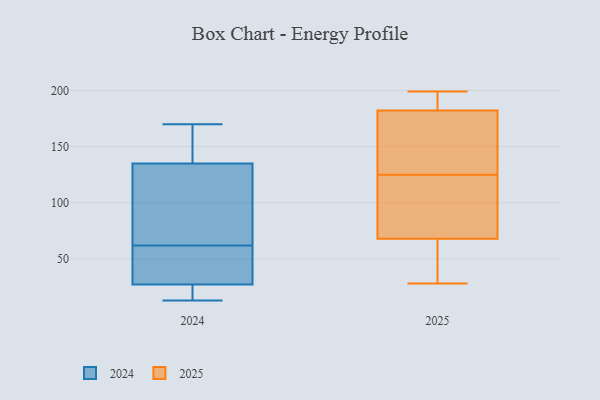
{"axis": {"x": "Demand Index", "y": "Value"}, "legend": ["2024", "2025"], "data": [{"x": "", "y": 192, "type": "2025"}, {"x": "", "y": 101, "type": "2025"}, {"x": "", "y": 199, "type": "2025"}, {"x": "", "y": 145, "type": "2025"}, {"x": "", "y": 77, "type": "2025"}, {"x": "", "y": 39, "type": "2025"}, {"x": "", "y": 125, "type": "2025"}, {"x": "", "y": 156, "type": "2025"}, {"x": "", "y": 28, "type": "2025"}, {"x": "", "y": 191, "type": "2025"}, {"x": "", "y": 65, "type": "2025"}, {"x": "", "y": 87, "type": "2024"}, {"x": "", "y": 168, "type": "2024"}, {"x": "", "y": 40, "type": "2024"}, {"x": "", "y": 105, "type": "2024"}, {"x": "", "y": 13, "type": "2024"}, {"x": "", "y": 23, "type": "2024"}, {"x": "", "y": 21, "type": "2024"}, {"x": "", "y": 170, "type": "2024"}, {"x": "", "y": 50, "type": "2024"}, {"x": "", "y": 145, "type": "2024"}, {"x": "", "y": 62, "type": "2024"}]}